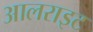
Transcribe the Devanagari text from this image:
आलराइट